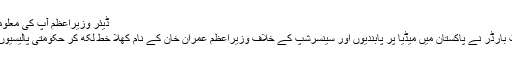
ڈیئر وزیراعظم آپ کی معلومات انتہائی ناقص ہیں‘
تنظیم رپورٹرز وِد آؤٹ بارڈر نے پاکستان میں میڈیا پر پابندیوں اور سینسرشپ کے خلاف وزیراعظم عمران خان کے نام کھلا خط لکھ کر حکومتی پالیسیوں پر شدید تنقید کی ہے۔